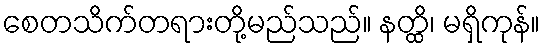
စေတသိက်တရားတို့မည်သည်။ နတ္ထိ၊ မရှိကုန်။